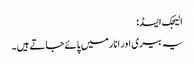
الیجک ایسڈ:
یہ بیری اور انار میں پائے جاتے ہیں۔